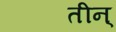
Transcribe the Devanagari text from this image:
तीन्